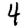
Digit: 4